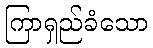
ကြာရှည်ခံသော